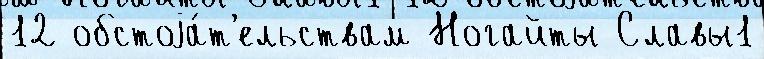
12 обстоjа́т'ельствам Ногайты Славы1